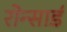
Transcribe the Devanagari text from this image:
रोन्सार्ड